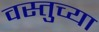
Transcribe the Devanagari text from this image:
वस्तुच्या